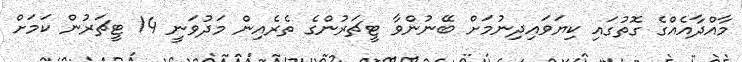
މާއްދާއެއްގެ ގޮތުގައި ކިޔަވައިދިނުމަށް ބޭނުންވާ ޓީޗަރުންގެ ތެރެއިން މަދުވަނީ 14 ޓީޗަރުން ކަމަށް